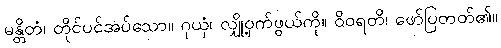
မန္တိတံ၊ တိုင်ပင်အပ်သော။ ဂုယှံ၊ လျှို့ဝှက်ဖွယ်ကို။ ဝိဝရတိ၊ ဖော်ပြတတ်၏။